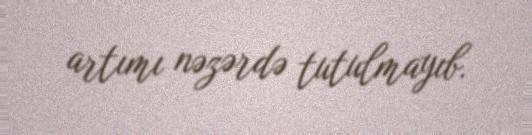
artımı nəzərdə tutulmayıb.